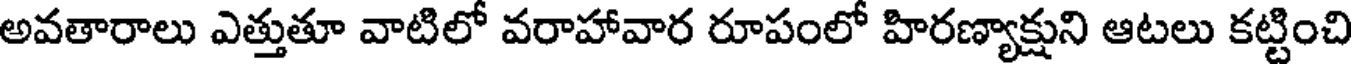
అవతారాలు ఎత్తుతూ వాటిలో వరాహావార రూపంలో హిరణ్యాక్షుని ఆటలు కట్టించి